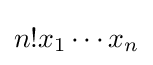
n!x_{1}\cdots x_{n}